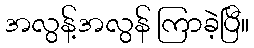
အလွန့်အလွန် ကြာခဲ့ပြီ။